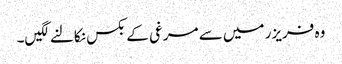
وہ فریزر میں سے مرغی کے بکس نکالنے لگیں۔